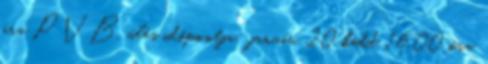
óra PVB. ülés időpontja: január 20 kedd 16.00 óra